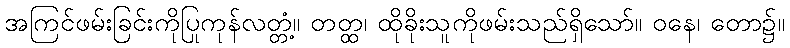
အကြင်ဖမ်းခြင်းကိုပြုကုန်လတ္တံ့။ တတ္ထ၊ ထိုခိုးသူကိုဖမ်းသည်ရှိသော်။ ဝနေ၊ တော၌။